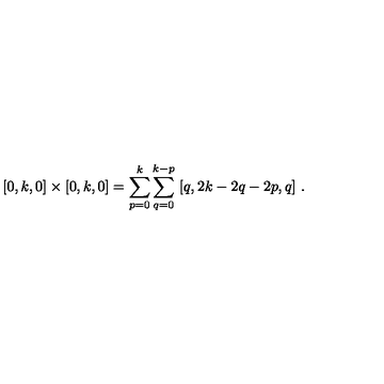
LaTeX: [ 0 , k , 0 ] \times [ 0 , k , 0 ] = \sum _ { p = 0 } ^ { k } \sum _ { q = 0 } ^ { k - p } \ [ q , 2 k - 2 q - 2 p , q ] \ .